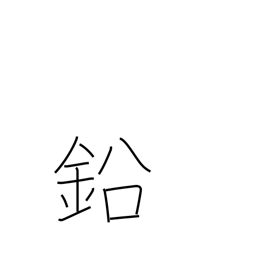
Meaning: lead